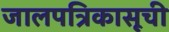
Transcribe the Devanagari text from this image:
जालपत्रिकासूची